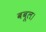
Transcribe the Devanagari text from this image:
बबूल।